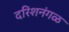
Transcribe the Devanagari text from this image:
दरिशनंगळ